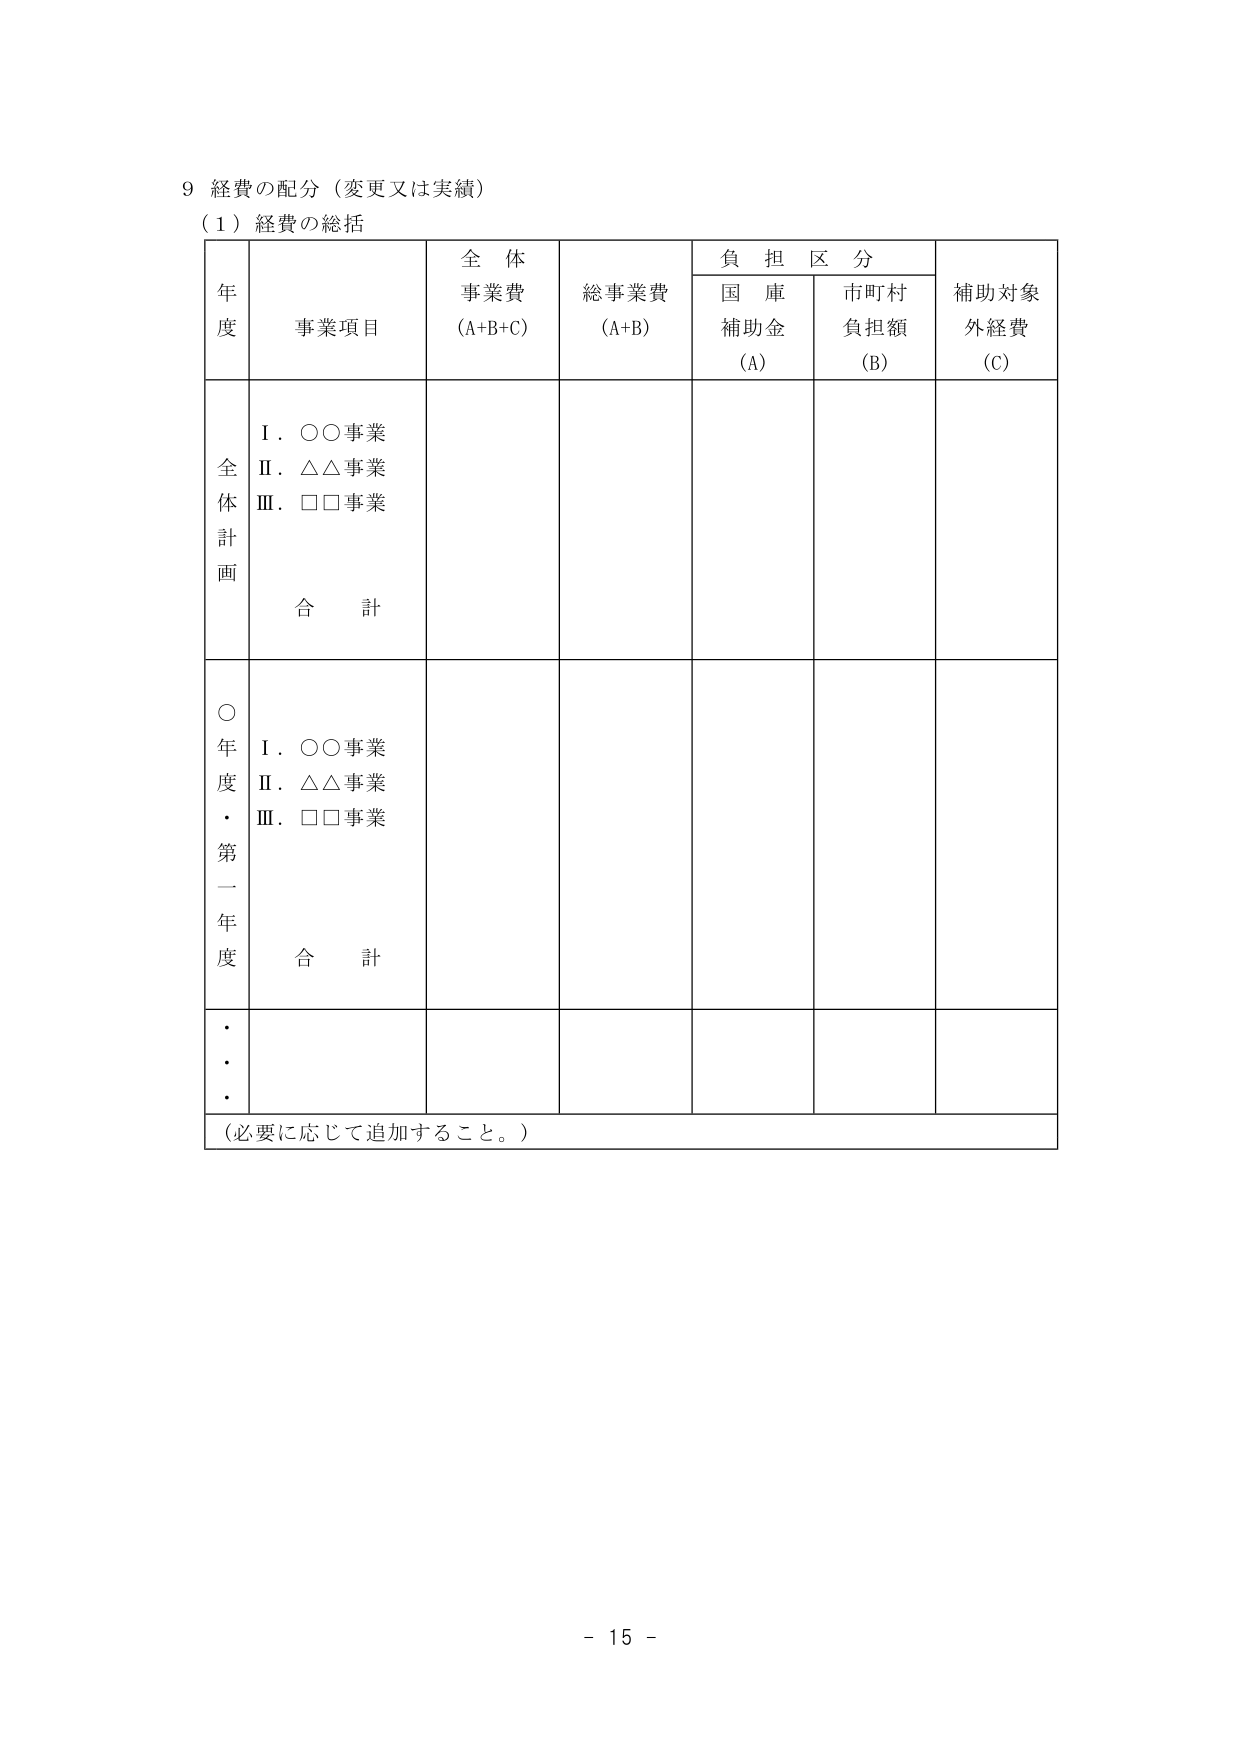
9 経費の配分（変更又は実績）
（1）経費の総括

年度　事業項目　全体事業費（A+B+C）　総事業費（A+B）　負担区分　補助対象外経費（C）
　　　　　　　　　　　　　　　　　国庫補助金（A）　市町村負担額（B）

全体計画
　Ⅰ．○○事業
　Ⅱ．△△事業
　Ⅲ．□□事業
　　合計

○年度・第一年度
　Ⅰ．○○事業
　Ⅱ．△△事業
　Ⅲ．□□事業
　　合計

・・・

（必要に応じて追加すること。）

- 15 -